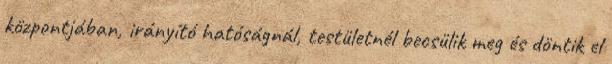
központjában, irányító hatóságnál, testületnél becsülik meg és döntik el